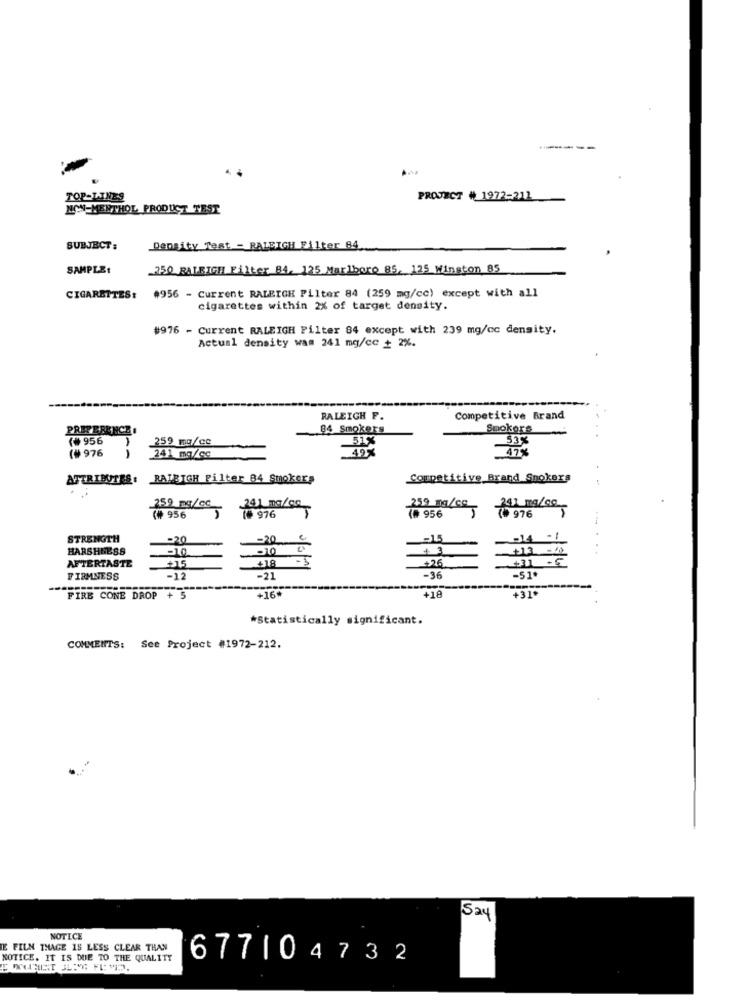
TOP-LINES
PROJECT # 1972-212
MON-MERTHOL PRODUCT TEST
SUBJECT:
Density Test - RALEIGH Filter 84 ..
SAMPLE:
250 RALEIGH Filter 84. 125 Marlboro 85, 125 Winston 85
CIGARETTES: #956 - Current RALEIGH Pilter 84 (259 mg/cc) except with all
cigarettes within 2% of target density.
#976 - Current RALEIGH Filter 84 except with 239 mg/cc density.
Actual density was 241 mg/cc + 2%.
RALEIGH F.
Competitive Brand
PREFERENCE
84 Smokers
Smokers
(# 956
259 mg/cc
51%
(# 976
49%
47
241 mg/cc
ATTRIBUTES:
RALEIGH Pilter 84 Smokers
Competitive Brand Smokers
259 mg/cc
241 mg/Co
259 mg/Ce
(# 956
241 mg/co
976
(# 956
1# 976
STRENGTH
-20
HARSHNESS
-10
+ 3
+13 -4
AFTERTASTE
418
+26.
FIRMNESS
-12
-21
-36
-51*
+16.
+310
FIRE CONE DROP + 5
+18
*Statistically significant.
COMMENTS: See Project #1972-212.
524
NOTICE
E FILM THAGE IS LESS CLEAR THAN
NOTICE. IT IS DUE TO THE QUALITY
677104732